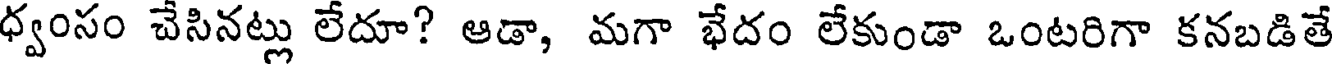
ధ్వంసం చేసినట్లు లేదూ? ఆడా, మగా భేదం లేకుండా ఒంటరిగా కనబడితే